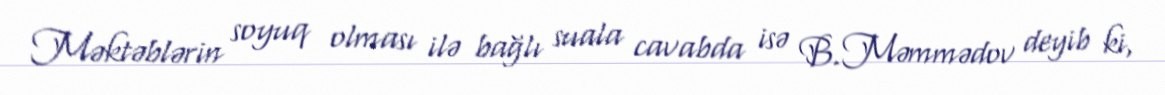
Məktəblərin soyuq olması ilə bağlı suala cavabda isə B.Məmmədov deyib ki,